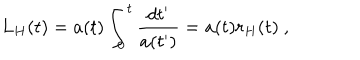
L _ { H } ( t ) = a ( t ) \int _ { 0 } ^ { t } \frac { d t ^ { \prime } } { a ( t ^ { \prime } ) } = a ( t ) r _ { H } ( t ) \ ,